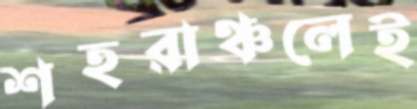
শহরাঞ্চলেই